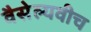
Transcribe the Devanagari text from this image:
वैसेल्यवीच